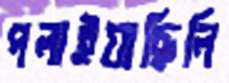
পলাইয়াছিলি